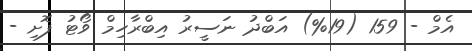
އެމް - 159 (19%) އަބްދު ނަސީރު އިބްރާހިމް ވޯޓު ފޮށި -